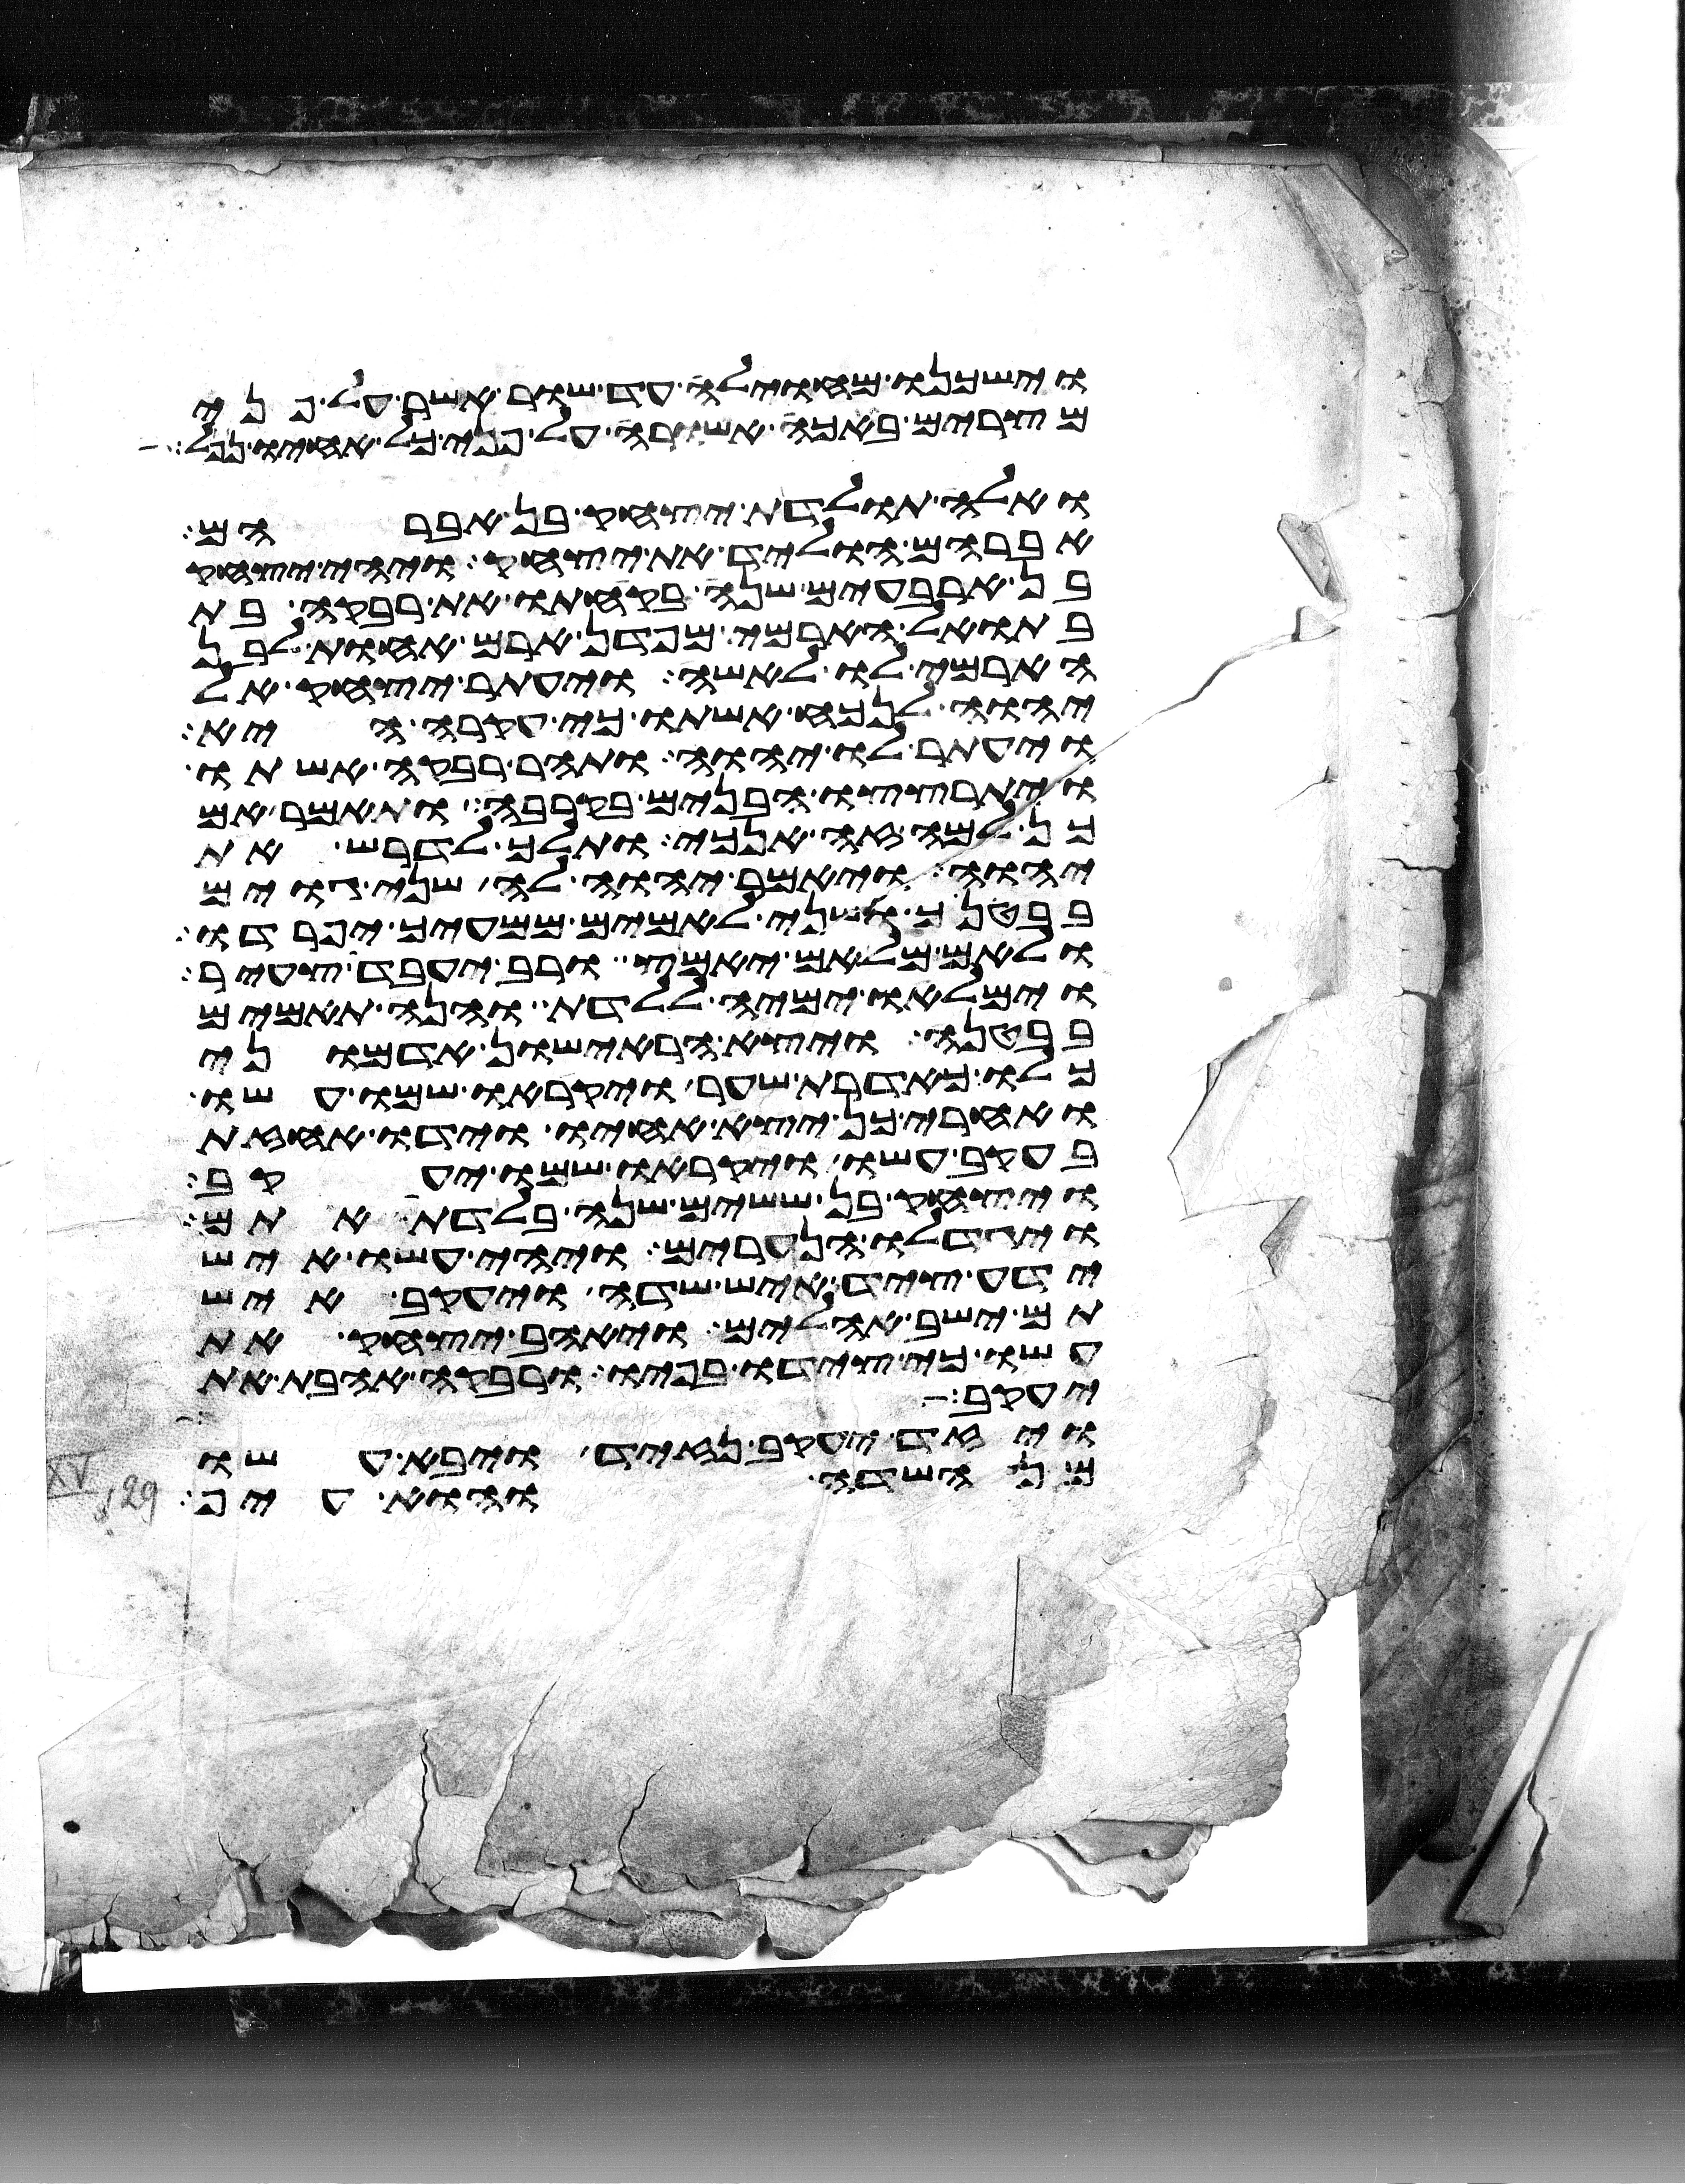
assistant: וישכנו מחוילה עד שור אשר על פני
מצרים באכה אשורה על פני כל אחיו נפל
ואלה תולדת יצחק בן אברהם
אברהם הוליד את יצחק ויהי יצחק
בן ארבעים שנה בקחתו את רבקה בת
בתואל הארמי מפדן ארם אחות לבן
הארמי לו לאשה ויעתר יצחק אל
יהוה לנכח אשתו כי עקרה היא
ויעתר לו יהוה ותהר רבקה אשתו
ויתרצצו הבנים בקרבה ותאמר אם
כן למה זה אנכי ותלך לדרש את
יהוה ויאמר יהוה לה שני גוים
בבטנך ושני לאמים ממעיך יפרדו
ולאם מלאם יאמץ ורב יעבד צעיר
וימלאו ימיה ללדת והנה תאמים
בבטנה ויצא הראישון אדמוני
כלו כאדרת שער ויקראו שמו עשו
ואחרי כן יצא אחיו וידו אחזת
בעקב עשו ויקראו שמו יעקב
ויצחק בן ששים שנה בלדת אתם
ויגדלו הנערים ויהי עשו איש
ידע ציד איש שדה ויעקב איש
תם ישב אהלים ויאהב יצחק את
עשו כי צידו בפיו ורבקה אהבת את
יעקב מאת פני יצחק אביו ועשו
ויזד יעקב נזיד ויבא עשו
מן השדה והוא עיף